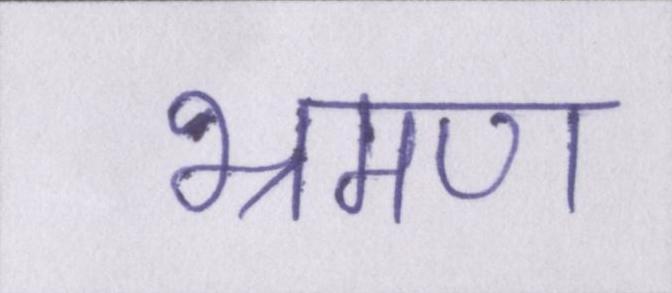
भ्रमण